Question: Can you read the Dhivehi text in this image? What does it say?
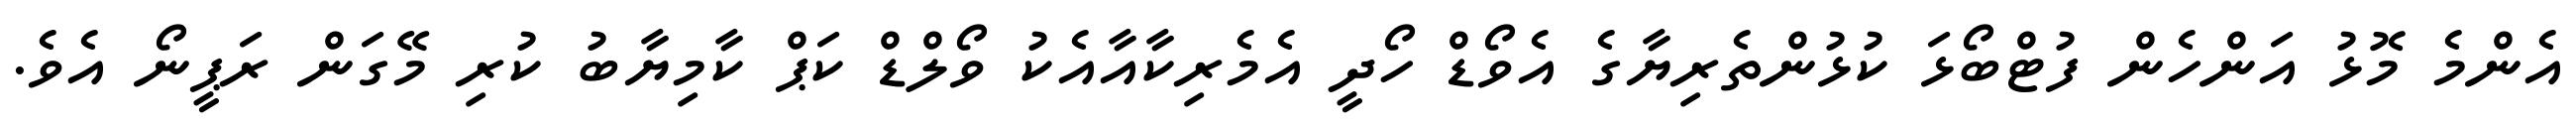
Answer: އެންމެ މޮޅު އަންހެން ފުޓްބޯޅަ ކުޅުންތެރިޔާގެ އެވޯޑް ހޯދީ އެމެރިކާއާއެކު ވޯލްޑް ކަޕް ކާމިޔާބު ކުރި މޭގަން ރަޕީނޯ އެވެ.